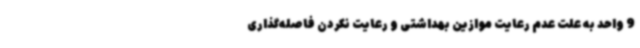
9 واحد به علت عدم رعایت موازین بهداشتی و رعایت نکردن فاصله‌گذاری